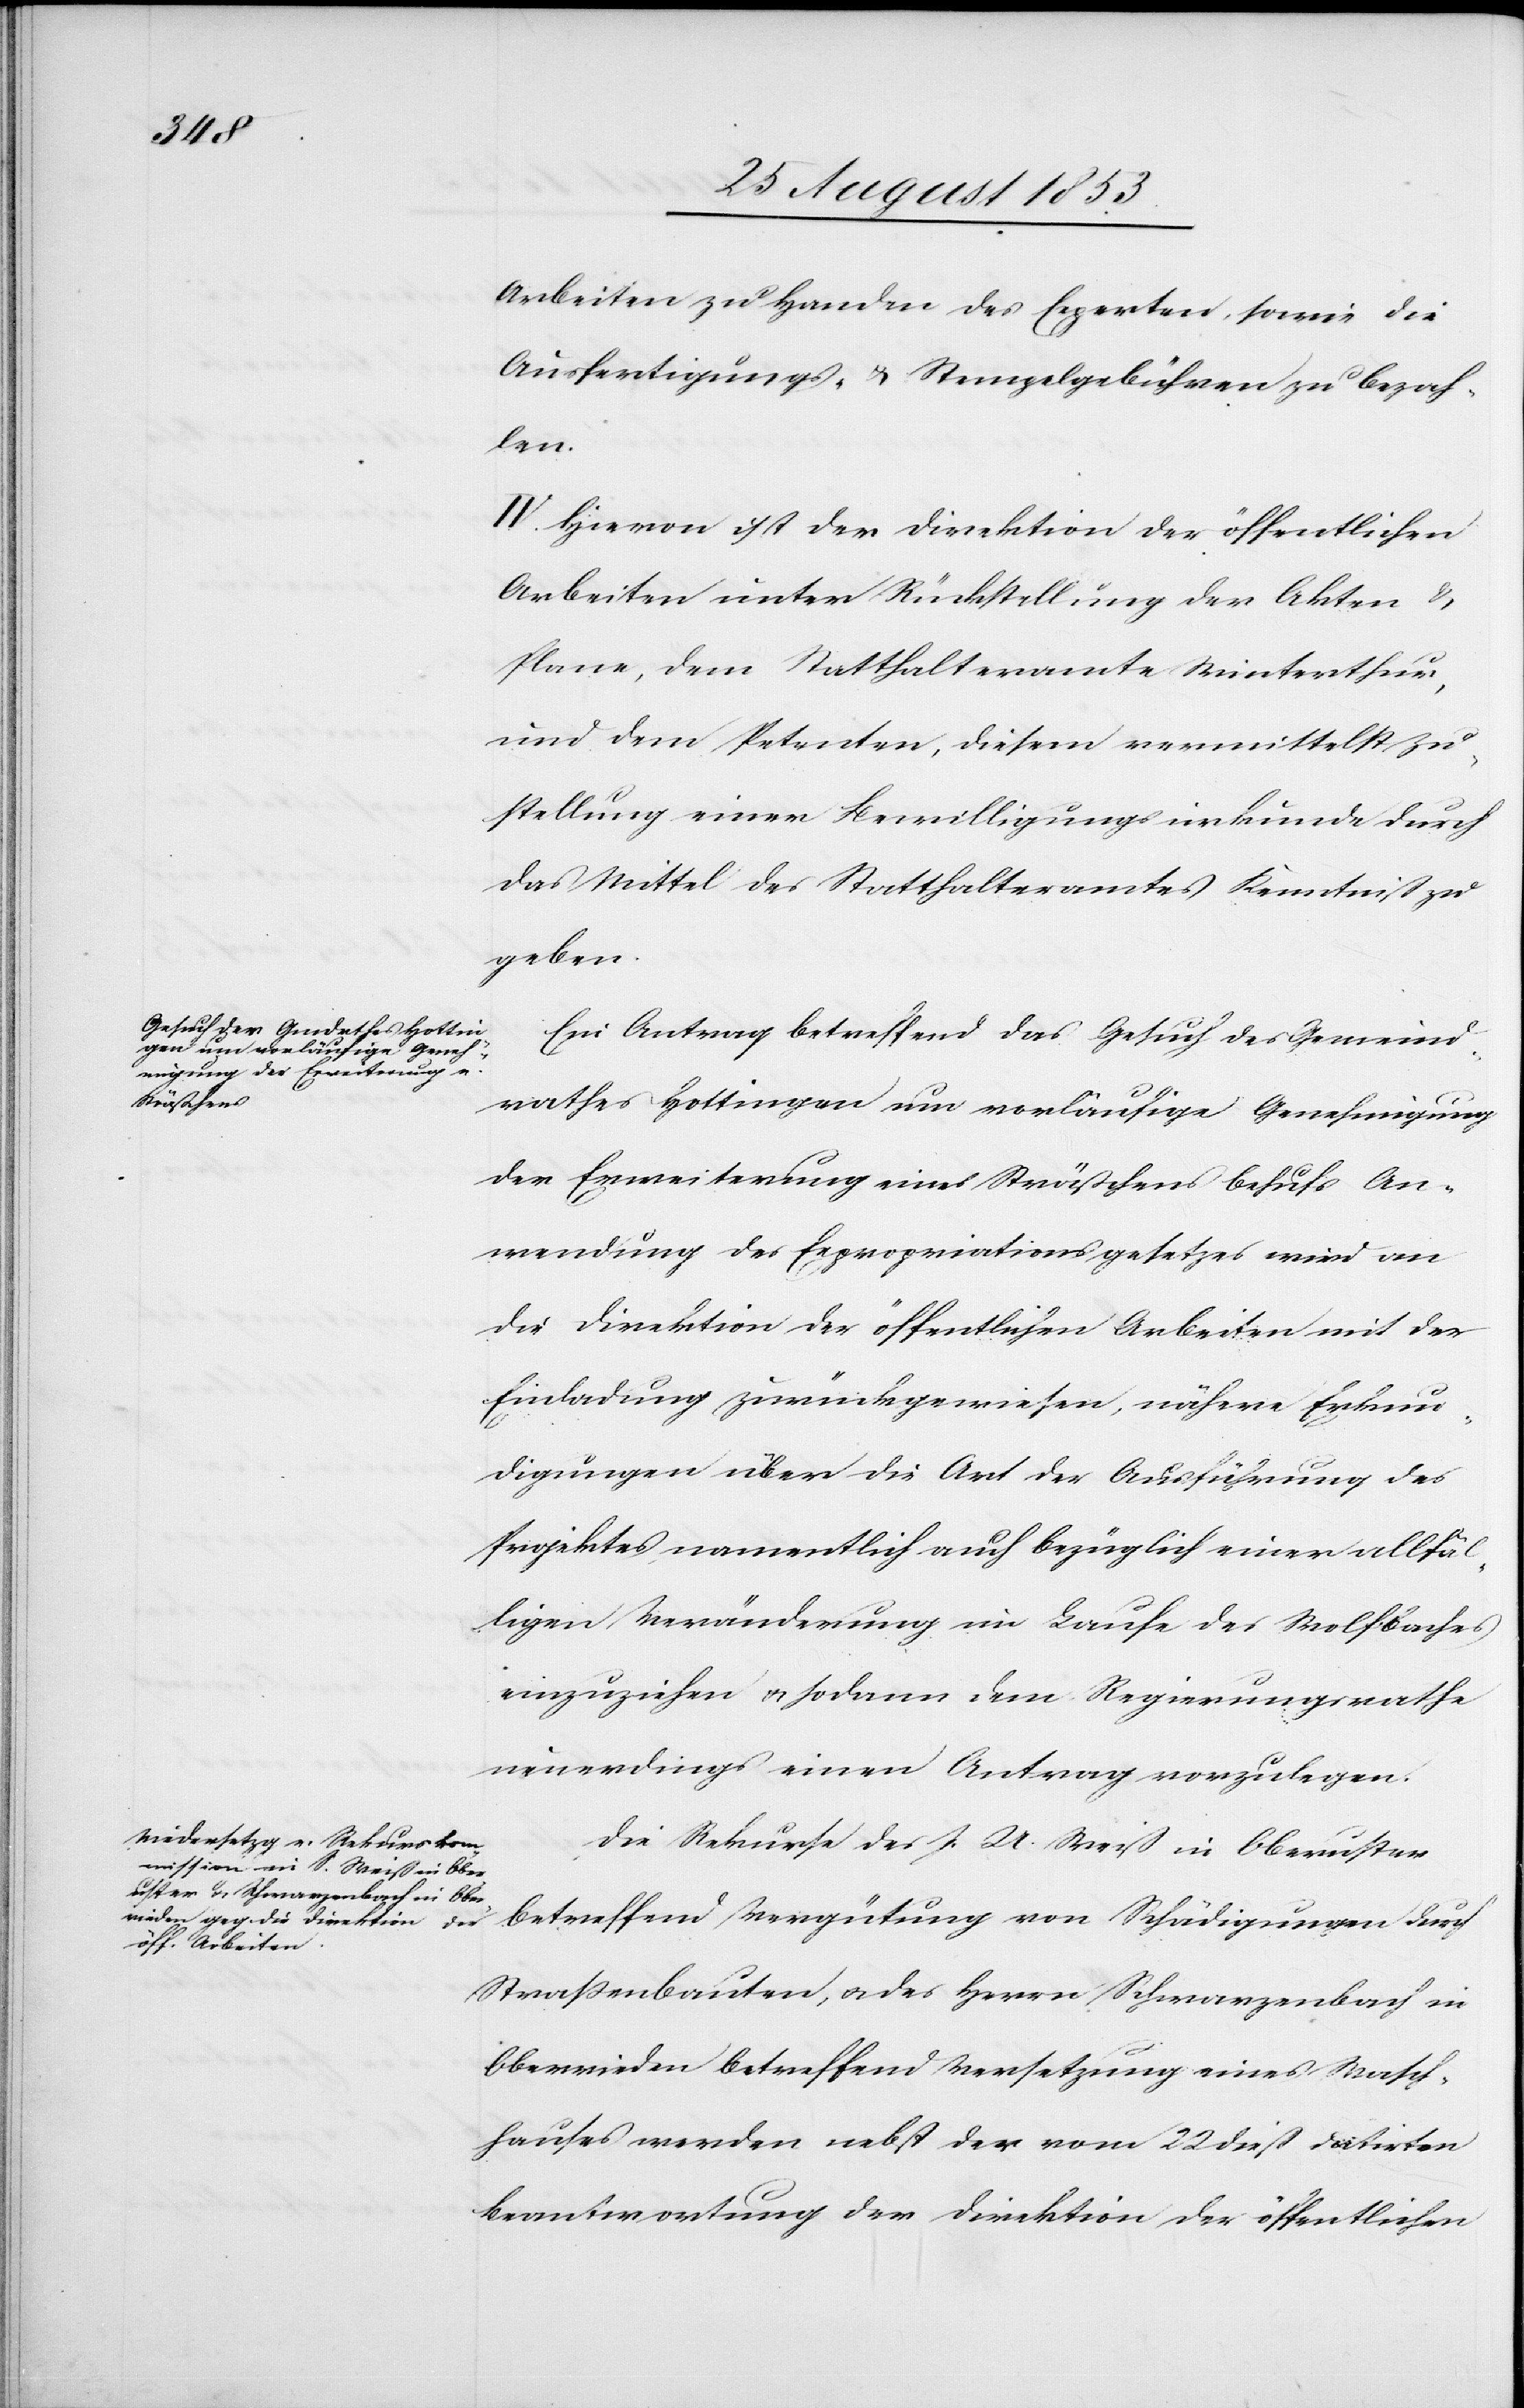
Arbeiten zu Handen des Experten, sowie die
Ausfertigungs- u. Stempelgebühren zu bezah¬
len.
IV. Hievon ist der Direktion der öffentlichen
Arbeiten unter Rückstellung der Akten u.
Plane, dem Statthalteramt Winterthur,
und dem Petenten, diesem vermittelst Zu¬
stellung einer Bewilligungsurkunde durch
das Mittel des Statthalteramtes Kenntniß zu
geben.
Ein Antrag betreffend das Gesuch des Gemeind¬
rathes Hottingen um vorläufige Genehmigung
der Erweiterung eines Sträßchens behufs An¬
wendung des Expropriationsgesetzes wird an
die Direktion der öffentlichen Arbeiten mit der
Einladung zurückgewiesen, nähere Erkun¬
digungen über die Art der Ausführung des
Projektes, namentlich auch bezüglich einer allfäl¬
ligen Veränderung im Laufe des Wolfbaches
einzureichen u. sodann dem Regierungsrathe
neuerdings einen Antrag vorzulegen.
Die Rekurse des J. U. Weiß in Oberuster
betreffend Vergütung von Schädigungen durch
Straßenbauten, u. des Herrn Schwarzenbach in
Oberrieden betreffend Versetzung eines Wasch¬
hauses werden nebst der vom 22 dieß datirten
Beantwortung der Direktion der öffentlichen